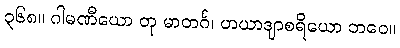
၃၆၈။ ဂါမဏီယော တု မာတင်္ဂ၊ ဟယာဒျာစရိယော ဘဝေ။